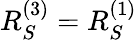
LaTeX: R_{S}^{(3)}=R_{S}^{(1)}